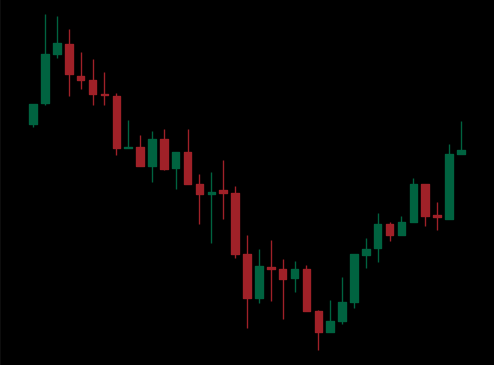
Pattern: bull_flag